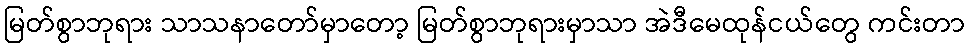
မြတ်စွာဘုရား သာသနာတော်မှာတော့ မြတ်စွာဘုရားမှာသာ အဲဒီမေထုန်ငယ်တွေ ကင်းတာ